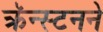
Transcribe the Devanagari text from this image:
क्रॅन्स्टनने